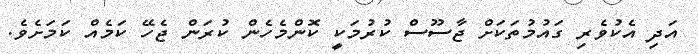
އަދި އެކުވެރި ގައުމުތަކަށް ޖާސޫސް ކުރުމަކީ ކޮންމެހެން ކުރަން ޖެހޭ ކަމެއް ކަމަށެވެ.